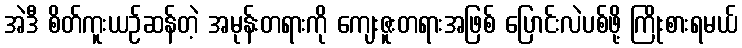
အဲဒီ စိတ်ကူးယဉ်ဆန်တဲ့ အမုန်းတရားကို ကျေးဇူးတရားအဖြစ် ပြောင်းလဲပစ်ဖို့ ကြိုးစားရမယ်